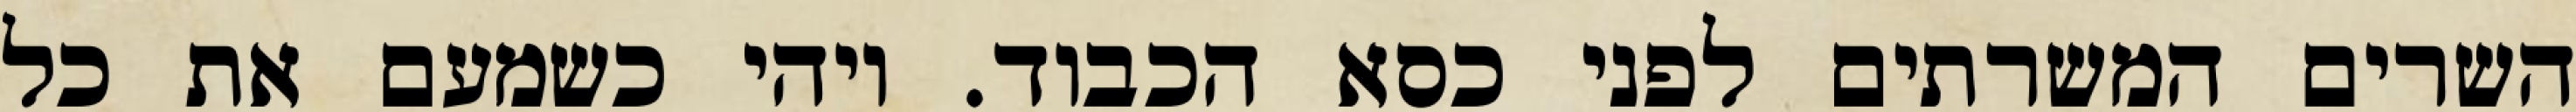
השרים המשרתים לפני כסא הכבוד. ויהי כשמעם את כל